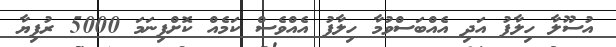
އުސޫލާ ހިލާފު އަދި އެއްބަސްވުމާ ހިލާފު އެއްވެސް ކަމެއް ކޮށްފިނަމަ 5000 ރުފިޔާ